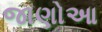
જાણોઆ